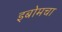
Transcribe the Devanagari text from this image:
इबोमचा